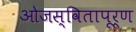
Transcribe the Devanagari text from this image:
ओजस्वितापूर्ण